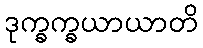
ဒုက္ခက္ခယာယာတိ